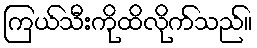
ကြယ်သီးကိုထိလိုက်သည်။